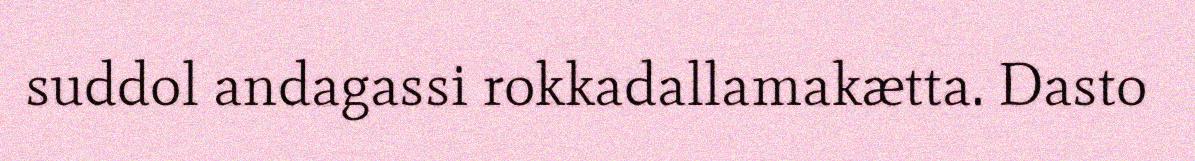
suddol andagassi rokkadallamakætta. Dasto